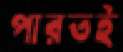
পারতই